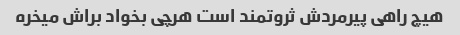
هیچ راهی پیرمردش ثروتمند است هرچی بخواد براش میخره